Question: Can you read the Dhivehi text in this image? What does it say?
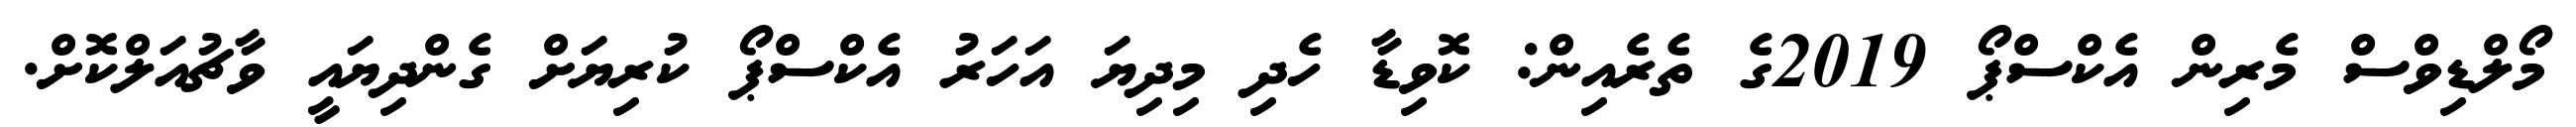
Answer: މޯލްޑިވްސް މެރިން އެކްސްޕޯ 2019ގެ ތެރެއިން: ކޮވިޑާ ހެދި މިދިޔަ އަހަރު އެކްސްޕޯ ކުރިޔަށް ގެންދިޔައީ ވާޗުއަލްކޮށް.